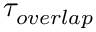
\tau _ { o v e r l a p }